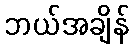
ဘယ်အချိန်